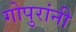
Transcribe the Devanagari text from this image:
गोपुरांनी